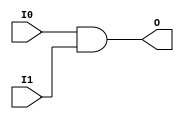
// $Header: /devl/xcs/repo/env/Databases/CAEInterfaces/verunilibs/data/unisims/AND2.v,v 1.6.158.1 2007/03/09 18:13:00 patrickp Exp $
///////////////////////////////////////////////////////////////////////////////
// Copyright (c) 1995/2004 Xilinx, Inc.
// All Right Reserved.
///////////////////////////////////////////////////////////////////////////////
//   ____  ____
//  /   /\/   /
// /___/  \  /    Vendor : Xilinx
// \   \   \/     Version : 8.1i (I.13)
//  \   \         Description : Xilinx Functional Simulation Library Component
//  /   /                  2-input AND Gate
// /___/   /\     Filename : AND2.v
// \   \  /  \    Timestamp : Thu Mar 25 16:42:11 PST 2004
//  \___\/\___\
//
// Revision:
//    03/23/04 - Initial version.
// End Revision

`timescale  100 ps / 10 ps


module AND2 (O, I0, I1);

    output O;

    input  I0, I1;

    and A1 (O, I0, I1);

endmodule